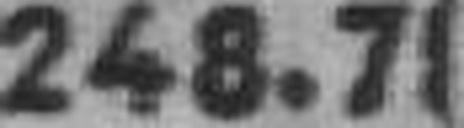
248.71